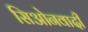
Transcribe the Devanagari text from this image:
सिओनवादी